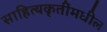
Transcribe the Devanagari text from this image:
साहित्यकृतींमधील